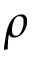
\rho